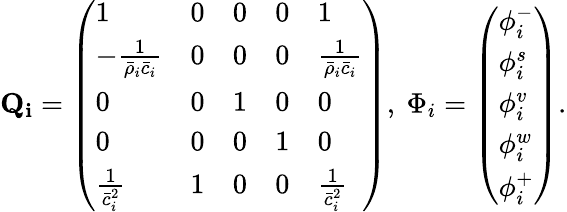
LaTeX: \mathbf{Q_{i}}=\left(\begin{array}{lllll}{1}&{0}&{0}&{0}&{1}\\ {-\frac{1}{\bar{\rho}_{i}\bar{c}_{i}}}&{0}&{0}&{0}&{\frac{1}{\bar{\rho}_{i}\bar{c}_{i}}}\\ {0}&{0}&{1}&{0}&{0}\\ {0}&{0}&{0}&{1}&{0}\\ {\frac{1}{\bar{c}_{i}^{2}}}&{1}&{0}&{0}&{\frac{1}{\bar{c}_{i}^{2}}}\end{array}\right),\ \Phi_{i}=\left(\begin{array}{l}{\phi_{i}^{-}}\\ {\phi_{i}^{s}}\\ {\phi_{i}^{v}}\\ {\phi_{i}^{w}}\\ {\phi_{i}^{+}}\end{array}\right).